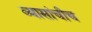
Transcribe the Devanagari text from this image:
व्यासांचीच